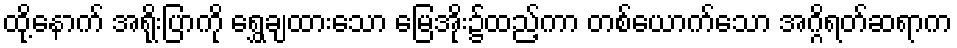
ထို့နောက် အရိုးပြာကို ရွှေချထားသော မြေအိုး၌ထည့်ကာ တစ်ယောက်သော အဂ္ဂိရတ်ဆရာက